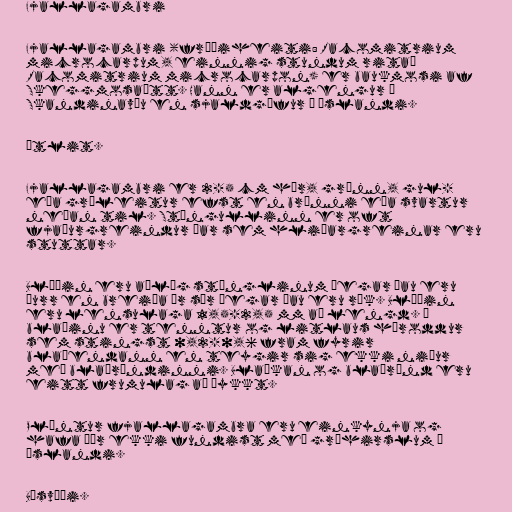
Fjallagambri

Fjallagambri (fræðiheiti: Racomitrium
microcarpum, einnig stundum ritað
Racomitrium microcarpon) er baukmosi af
Skeggmosaætt. Hann er algengur í
Skandinavíu en sjaldgæfur á Íslandi.

Útlit.

Fjallagambri er 2-5 cm hár, grænn, gul-
eða gráleitur efst en brúnni eða svartur
neðan til. Stöngullinn er oft
fjaðurgreindur þar sem hliðargreinar eru
stuttar.

Blöðin eru aðlæg stönglinum þegar þau eru
þurr en breiða úr sér þegar þau eru rök. Blöðin
eru lensulaga 1,5-2,5 mm að lengd. Á
blaðinu er tenntur og litlaus hároddur
sem stingst 0,2-0,6 fram fyrir
blaðendann en teygir sig ekki niður
með blaðröndinni. Blaðkan og blaðrönd eru
eitt frumulag að þykkt.

Plöntur fjallagambra eru einkynja og
hafa þær ekki fundist með gróhirslum á
Íslandi.

Búsvæði.